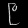
Digit: ၉